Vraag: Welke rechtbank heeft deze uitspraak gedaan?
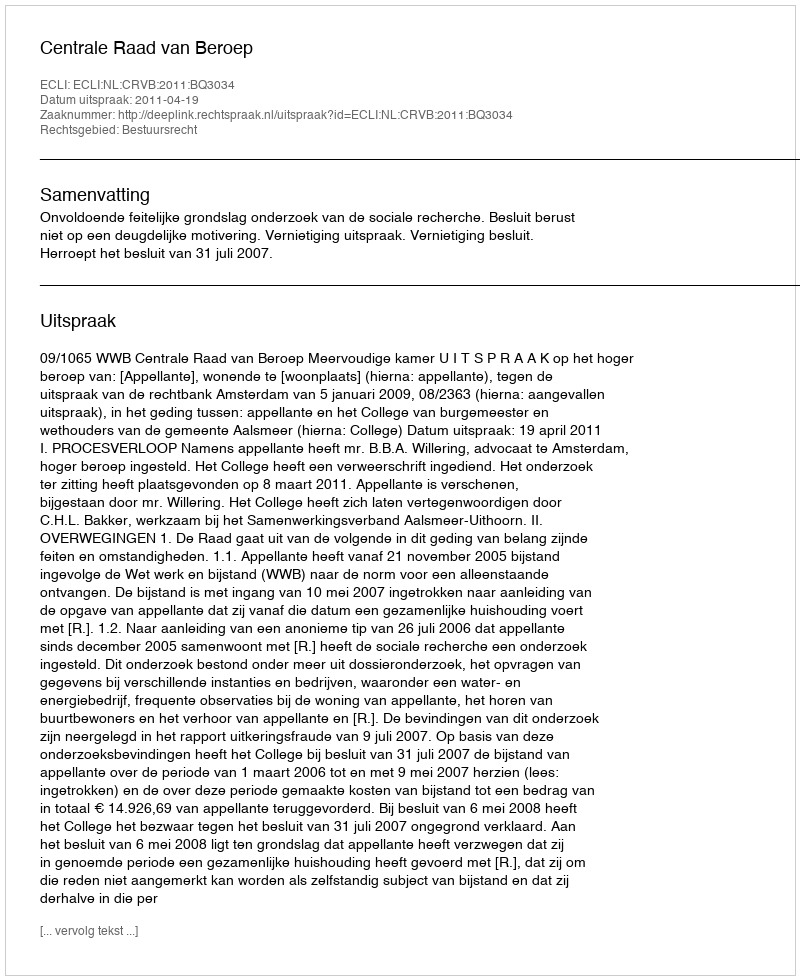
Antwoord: Centrale Raad van Beroep